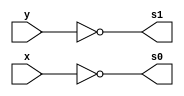
// ------------------------- 
// Exemplo_0705  
// Nome: Larissa Domingues Gomes 
// ------------------------- 

module A (output s0, s1, input x,y);
    not not1(s0, x);
	nor not2 (s1, y);


endmodule

module B (output s0, s1, input x,y);
    
	and AND1(s0, x, y);
	nand NAND1 (s1, x, y);
	
endmodule

module C (output s0, s1, input x,y);
    
	or OR1(s0, x, y);
	nor NOR1 (s1, x, y);
	
endmodule

module D (output s0, s1, input x,y);
    
	xor  XOR1(s0, x, y);
	xnor XNOR1 (s1, x, y);
	
endmodule

module MUX(output s0, input x,y, seletor);
    wire  notseletor, sa1, sa2;
    
    
    not NOT1 (notseletor, seletor);
    and AND1(sa1, x, seletor);
    and AND2(sa2, y, notseletor);
    or OR1  (s0, sa1, sa2);
    
endmodule    

module E3(output s0, input x, y, seletor1, seletor2, seletor3);

    wire n1, n2, nand1, and1, ono1, ono2, xo1, xo2, m1, m2, m3, m4, m5, m6;
    
    A A1(n1, n2, x, y);
    B B1(and1, nand2, x, y);
    C C1(ono1, ono2, x, y);
    D D1(xo1, xo2, x, y);
    MUX MUX1(m1, n1, n2, seletor1);
    MUX MUX2(m2, ono2, ono1, seletor1);
    MUX MUX3(m3, m1, m2, seletor2);
    MUX MUX4(m4, and1, nand2, seletor1);
    MUX MUX5(m5, xo2, xo1, seletor1);
    MUX MUX6(m6, m4, m5, seletor2);
    MUX FINAL(s0, m3, m6, seletor3);
    
endmodule
    
module ValoresIniciais;

reg a, b;
reg [2:0] seletor;
wire s0;

E3 ME3 (s0, a, b, seletor[0], seletor[1], seletor[2]);
initial
begin : start

	a = 1'bx;
	b = 1'bx;
	seletor = 2'bxx;

end

initial
begin : main

	$display("Exemplo_0705 - Larissa Gomes - 650525");
	$display("Expressoes booleanas");
	
	#1 a = 0; b = 0; seletor = 000;
	$display("seletor   a  b  =  s0  ");
    $monitor("%2B      %2b %2b  = %2b ",seletor, a, b, s0);
		
	#1 a = 0; b = 1; seletor = 000;
	#1 a = 1; b = 0; seletor = 000;
	#1 a = 1; b = 1; seletor = 000;
	
	#1 a = 0; b = 0; seletor = 001;
	#1 a = 0; b = 1; seletor = 001;
	#1 a = 1; b = 0; seletor = 001;
	#1 a = 1; b = 1; seletor = 001;
	
	#1 a = 0; b = 0; seletor = 010;
	#1 a = 0; b = 1; seletor = 010;
	#1 a = 1; b = 0; seletor = 010;
	#1 a = 1; b = 1; seletor = 010;
	
	#1 a = 0; b = 0; seletor = 011;
	#1 a = 0; b = 1; seletor = 011;
	#1 a = 1; b = 0; seletor = 011;
	#1 a = 1; b = 1; seletor = 011;
	
	#1 a = 0; b = 0; seletor = 100;
	#1 a = 0; b = 1; seletor = 100;
	#1 a = 1; b = 0; seletor = 100;
	#1 a = 1; b = 1; seletor = 100;
	
	#1 a = 0; b = 0; seletor = 101;
	#1 a = 0; b = 1; seletor = 101;
	#1 a = 1; b = 0; seletor = 101;
	#1 a = 1; b = 1; seletor = 101;

	#1 a = 0; b = 0; seletor = 110;
	#1 a = 0; b = 1; seletor = 110;
	#1 a = 1; b = 0; seletor = 110;
	#1 a = 1; b = 1; seletor = 110;
	
	#1 a = 0; b = 0; seletor = 111;
	#1 a = 0; b = 1; seletor = 111;
	#1 a = 1; b = 0; seletor = 111;
	#1 a = 1; b = 1; seletor = 111;
end
endmodule